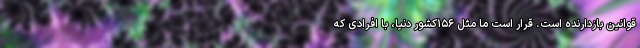
قوانین بازدارنده است. قرار است ما مثل ۱۵۶کشور دنیا، با افرادی که